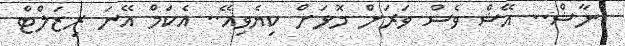
ނާޝް.. އޭޝް ވެސް ވަރަށް މޮޅަށް ކިޔެވިއޭ.. އެކަމް އޭނަ ރިޒަލްޓް